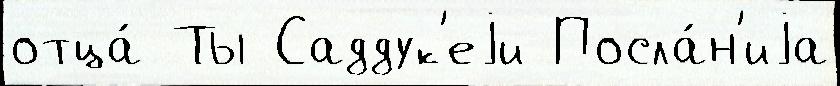
отца́ Ты Саддук'еjи Посла́н'иjа